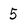
Character: 5